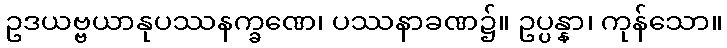
ဥဒယဗ္ဗယာနုပဿနက္ခဏေ၊ ပဿနာခဏ၌။ ဥပ္ပန္နာ၊ ကုန်သော။